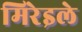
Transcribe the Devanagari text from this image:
मिरेइले